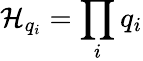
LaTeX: \mathcal{H}_{q_{i}}=\prod_{i}q_{i}